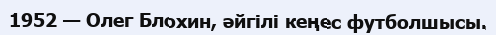
1952 — Олег Блохин, әйгілі кеңес футболшысы.